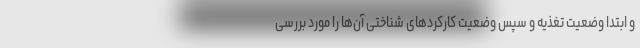
و ابتدا وضعیت تغذیه و سپس وضعیت کارکردهای شناختی آن‌ها را مورد بررسی